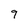
Character: 9